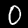
Digit: 0